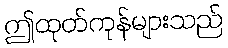
ဤထုတ်ကုန်များသည်